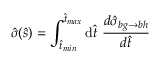
\hat { \sigma } ( \hat { s } ) = \int _ { \hat { t } _ { m i n } } ^ { \hat { t } _ { m a x } } \mathrm { d } \hat { t } \ \frac { d \hat { \sigma } _ { b g \to b h } } { d \hat { t } }